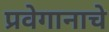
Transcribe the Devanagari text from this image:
प्रवेगानाचे